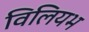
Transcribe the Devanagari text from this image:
विलियभ